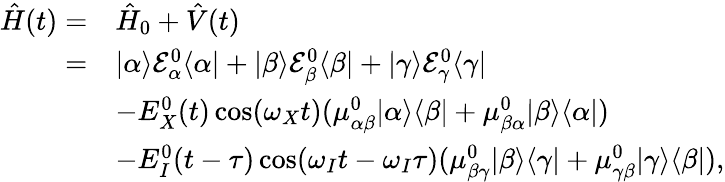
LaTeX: \begin{array}{rl}{\hat{H}(t)=}&{\hat{H}_{0}+\hat{V}(t)}\\ {=}&{|\alpha\rangle\mathcal{E}_{\alpha}^{0}\langle\alpha|+|\beta\rangle\mathcal{E}_{\beta}^{0}\langle\beta|+|\gamma\rangle\mathcal{E}_{\gamma}^{0}\langle\gamma|}\\ &{-E_{X}^{0}(t)\cos(\omega_{X}t)(\mu_{\alpha\beta}^{0}|\alpha\rangle\langle\beta|+\mu_{\beta\alpha}^{0}|\beta\rangle\langle\alpha|)}\\ &{-E_{I}^{0}(t-\tau)\cos(\omega_{I}t-\omega_{I}\tau)(\mu_{\beta\gamma}^{0}|\beta\rangle\langle\gamma|+\mu_{\gamma\beta}^{0}|\gamma\rangle\langle\beta|),}\end{array}